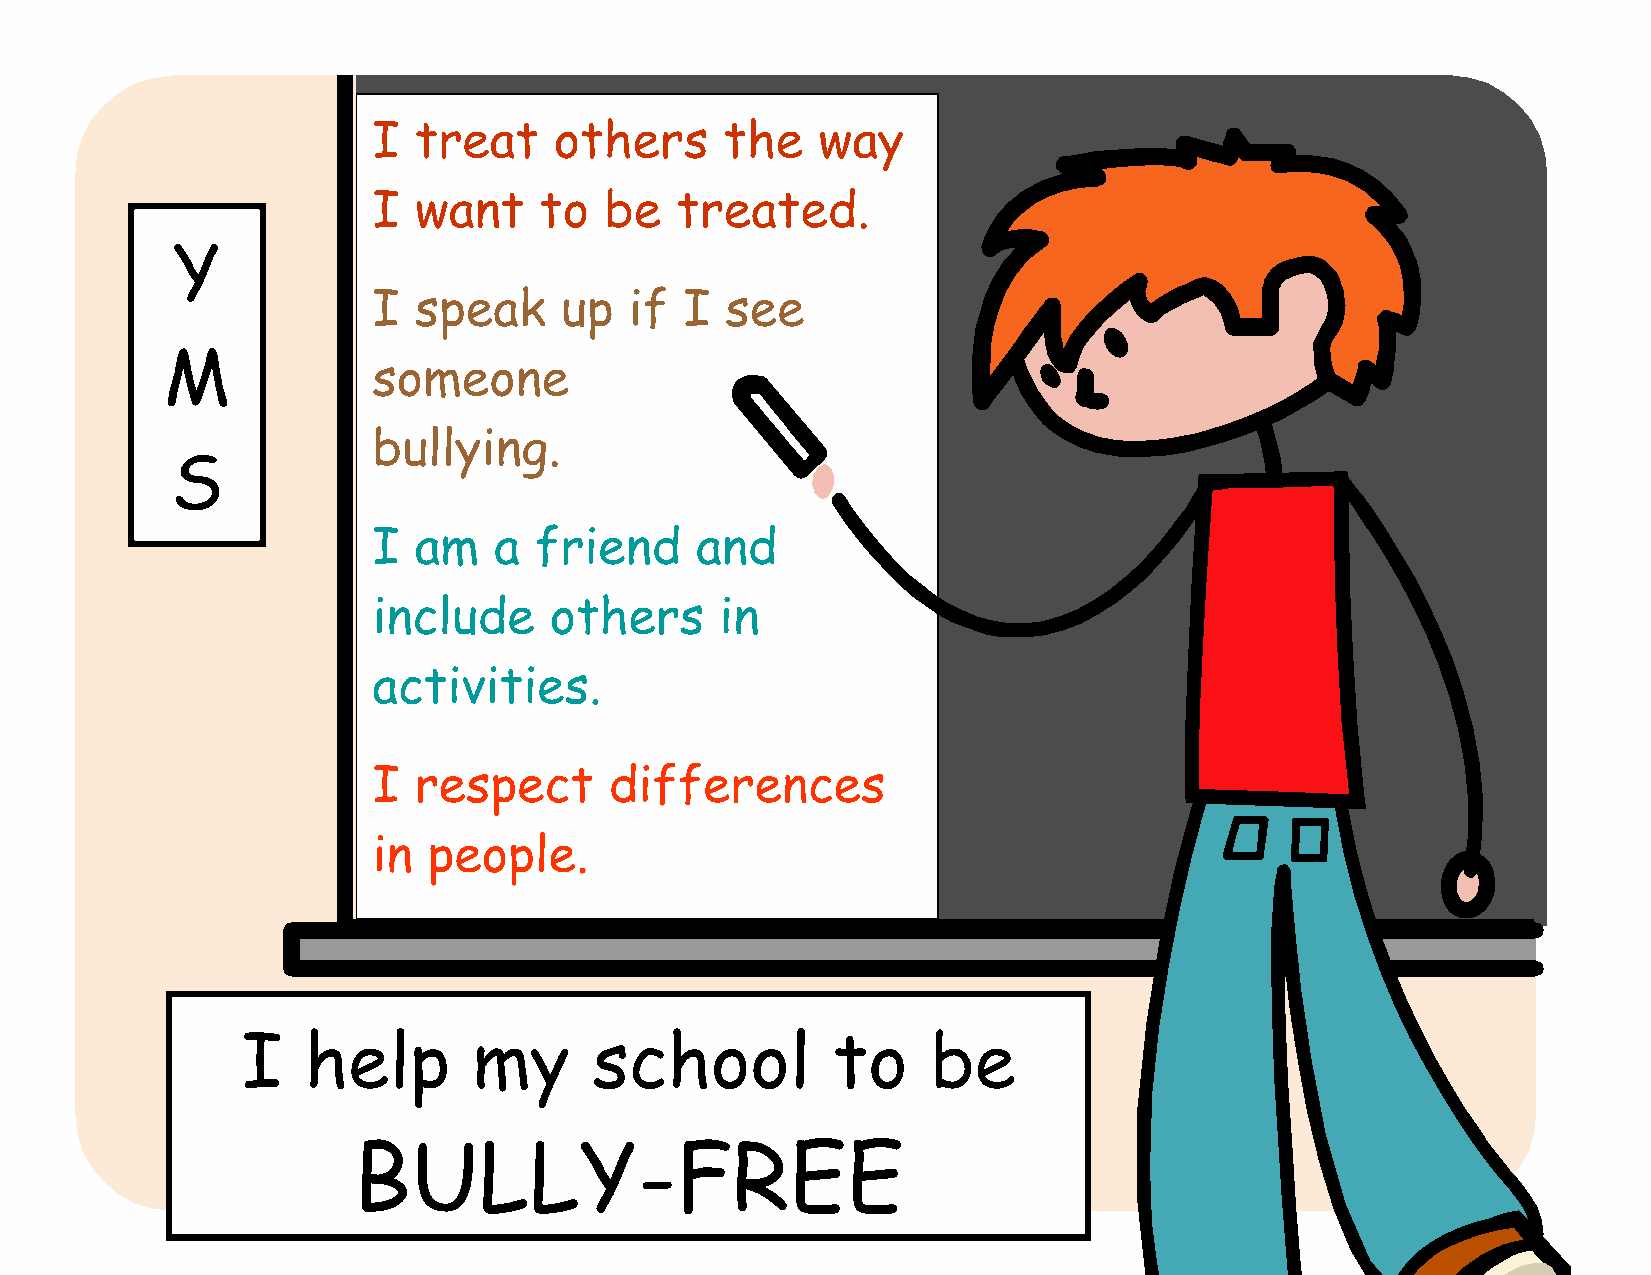
I treat     others     the   way
 I want     to  be   treated.
 Y
 I speak     up   if I  see
 M
 someone
 bullying.
 S
 I am    a friend     and
 include    others      in
 activities.
 I respect      differences
 in people.
 I   help       my      school          to     be
 BULLY-FREE